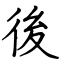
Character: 後